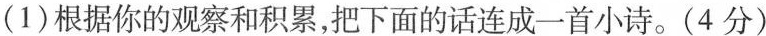
(1)根据你的观察和积累，把下面的话连成一首小诗。(4分)